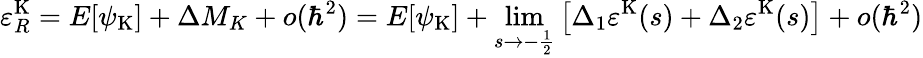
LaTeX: \varepsilon_{R}^{\mathrm{K}}=E[{\psi}_{\mathrm{K}}]+\Delta M_{K}+o(\hbar^{2})=E[{\psi}_{\mathrm{K}}]+\operatorname*{lim}_{s\rightarrow-\frac{1}{2}}\left[\Delta_{1}\varepsilon^{\mathrm{K}}(s)+\Delta_{2}\varepsilon^{\mathrm{K}}(s)\right]+o(\hbar^{2})